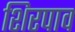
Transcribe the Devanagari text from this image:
शिरपाव